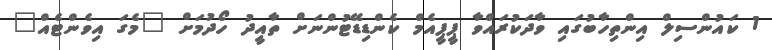
1 ކައުންސިލް އިންތިހާބުގައި ވާދަކުރައްވާ ޕީޕީއެމް ކެންޑިޑޭޓުންނަށް ތާއީދު ހޯދުމަށް "މެގަ އިވެންޓެއް"